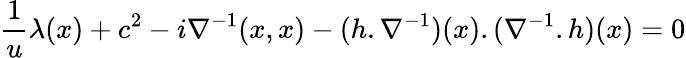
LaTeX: \frac{1}{u}\lambda(x)+c^{2}-i\nabla^{-1}(x,x)-(h.\nabla^{-1})(x).(\nabla^{-1}.h)(x)=0